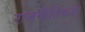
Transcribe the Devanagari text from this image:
राजनीतिकश्